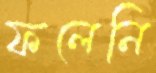
ফলেনি